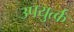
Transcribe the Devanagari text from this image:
उपयुर्त्क